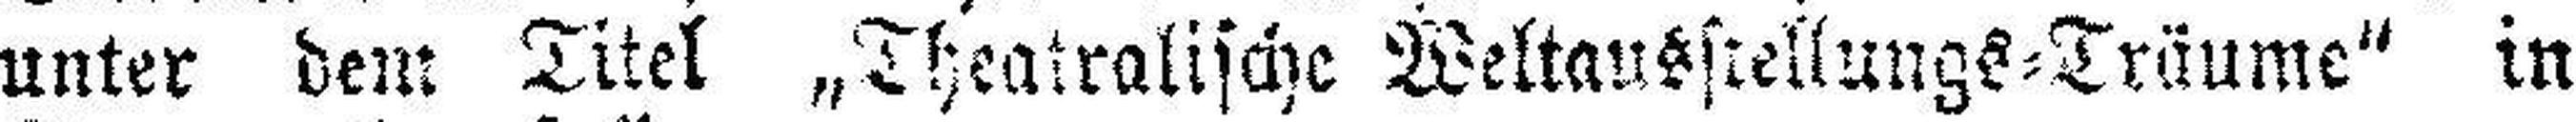
unter dem Titel „Theatralische Weltausstellungs=Träume“ in